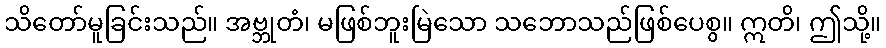
သိတော်မူခြင်းသည်။ အဗ္ဘုတံ၊ မဖြစ်ဘူးမြဲသော သဘောသည်ဖြစ်ပေစွ။ ဣတိ၊ ဤသို့။